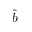
\hat { b }